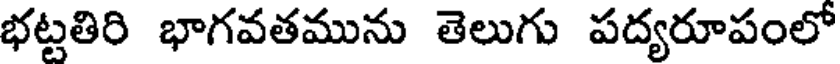
భట్టతిరి భాగవతమును తెలుగు పద్యరూపంలో